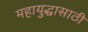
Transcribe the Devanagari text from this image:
महायुद्धासाठी